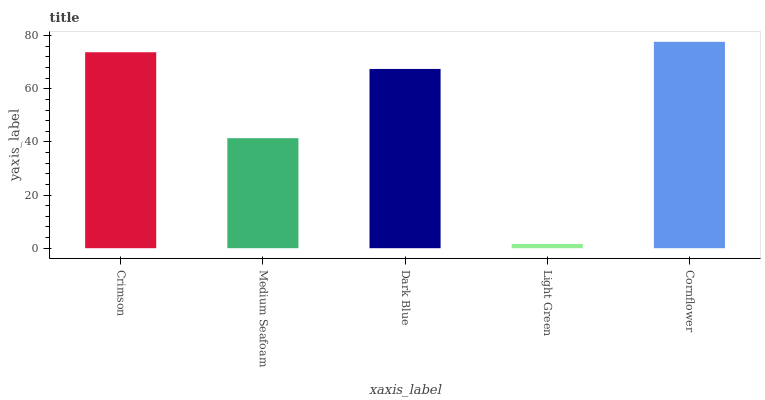
| xaxis_label | bars |
 | --- | --- |
 | Crimson | 73.8 |
 | Medium Seafoam | 41.4 |
 | Dark Blue | 67.5 |
 | Light Green | 1.58 |
 | Cornflower | 77.7 |